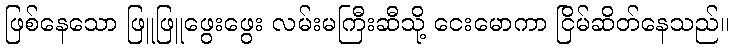
ဖြစ်နေသော ဖြူဖြူဖွေးဖွေး လမ်းမကြီးဆီသို့ ငေးမောကာ ငြိမ်ဆိတ်နေသည်။